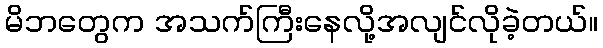
မိဘတွေက အသက်ကြီးနေလို့အလျင်လိုခဲ့တယ်။